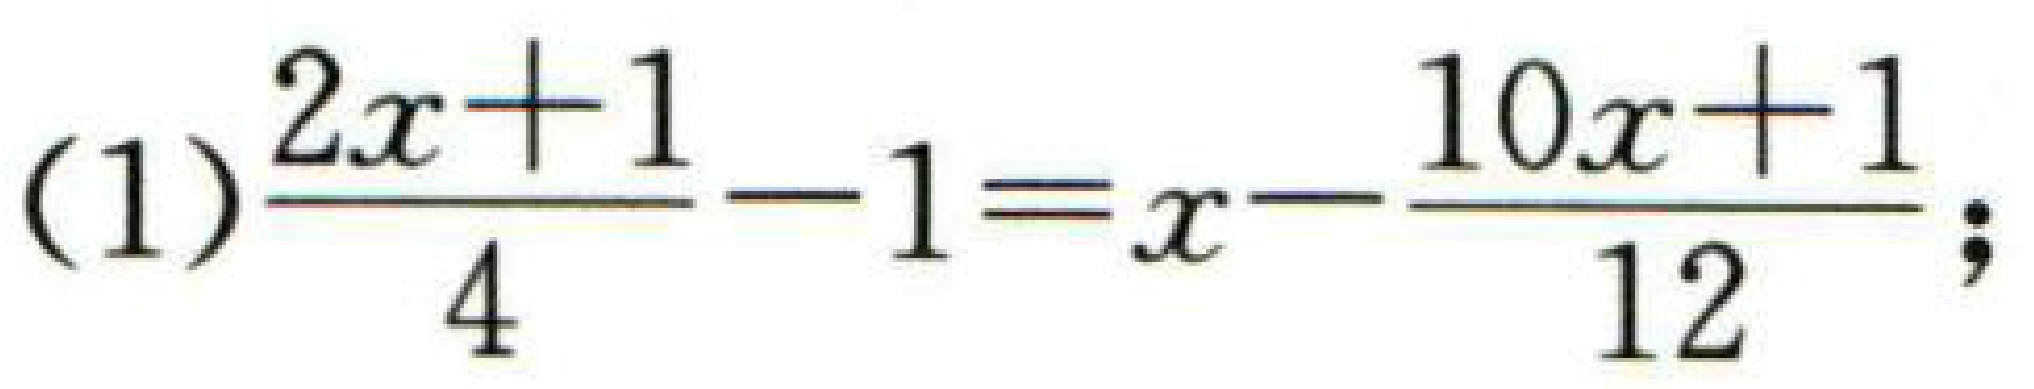
(1)\(\dfrac{2x + 1}{4}-1=x-\dfrac{10x + 1}{12}\);